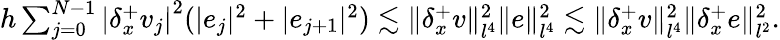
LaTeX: \begin{array}{r}{h\sum_{j=0}^{N-1}\left|{\delta_{x}^{+}}v_{j}\right|^{2}(|e_{j}|^{2}+|e_{j+1}|^{2})\lesssim\| {\delta_{x}^{+}}v\| _{l^{4}}^{2}\| e\| _{l^{4}}^{2}\lesssim\| {\delta_{x}^{+}}v\| _{l^{4}}^{2}\| {\delta_{x}^{+}}e\| _{l^{2}}^{2}.}\end{array}